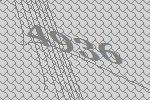
4936